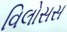
વિલોસસ